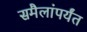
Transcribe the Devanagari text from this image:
समैलांपर्यंत